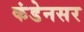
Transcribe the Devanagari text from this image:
कंडेनसर